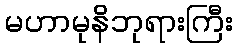
မဟာမုနိဘုရားကြီး